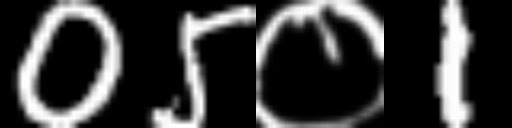
Text: 05०1